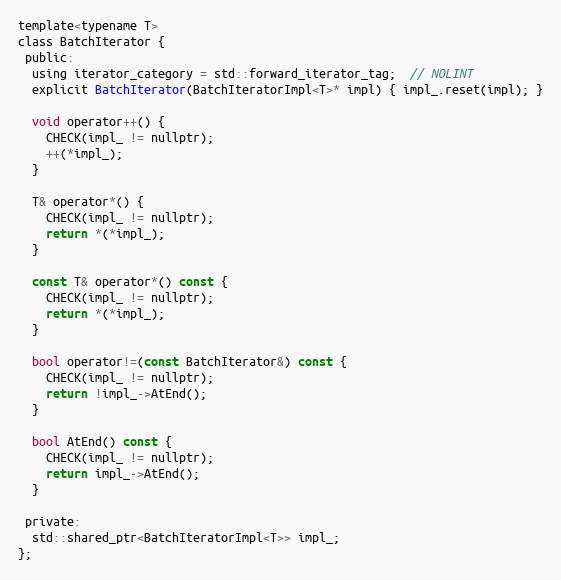
Language: C
template<typename T>
class BatchIterator {
 public:
  using iterator_category = std::forward_iterator_tag;  // NOLINT
  explicit BatchIterator(BatchIteratorImpl<T>* impl) { impl_.reset(impl); }

  void operator++() {
    CHECK(impl_ != nullptr);
    ++(*impl_);
  }

  T& operator*() {
    CHECK(impl_ != nullptr);
    return *(*impl_);
  }

  const T& operator*() const {
    CHECK(impl_ != nullptr);
    return *(*impl_);
  }

  bool operator!=(const BatchIterator&) const {
    CHECK(impl_ != nullptr);
    return !impl_->AtEnd();
  }

  bool AtEnd() const {
    CHECK(impl_ != nullptr);
    return impl_->AtEnd();
  }

 private:
  std::shared_ptr<BatchIteratorImpl<T>> impl_;
};